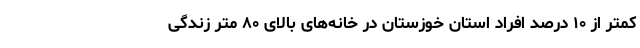
کمتر از ۱۰ درصد افراد استان خوزستان در خانه‌های بالای ۸۰ متر زندگی